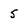
Character: 5